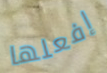
إفعلها